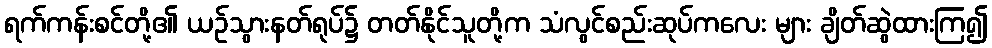
ရက်ကန်းစင်တို့၏ ယဉ်သွားနတ်ရုပ်၌ တတ်နိုင်သူတို့က သံလွင်စည်းဆုပ်ကလေး များ ချိတ်ဆွဲထားကြ၍